Annual report on the Civil Veterinary Department, Burma (including the Insein Veterinary School) - 1932-1941
Year: 1932
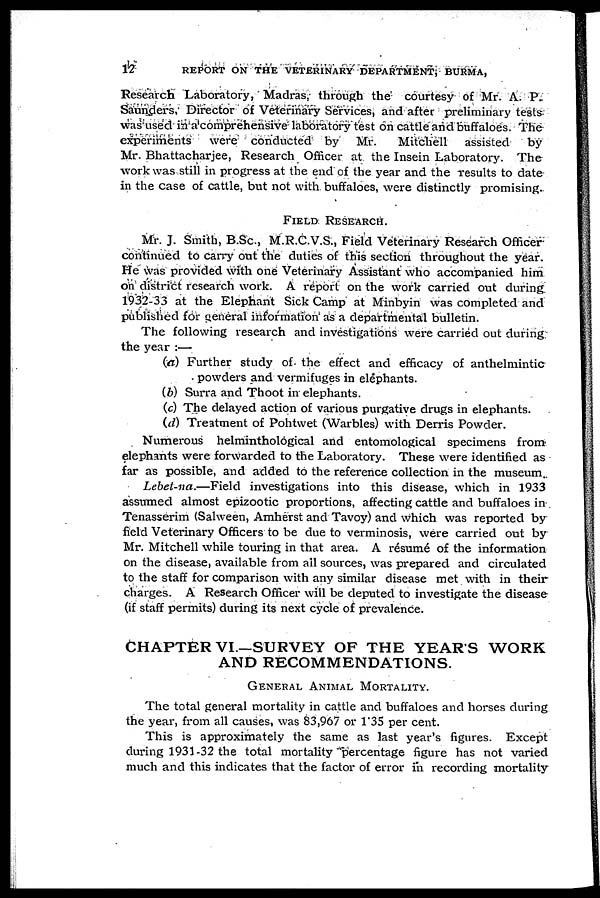
12
REPORT ON THE VETERINARY DEPARTMENT, BURMA,
Research Laboratory, Madras, through the courtesy of Mr. A. P.
Saunders, Director of Veterinary Services, and after preliminary tests
was used in a comprehensive laboratory test on cattle and buffaloes. The
experiments were conducted by Mr.
Mitchell assisted
by
Mr. Bhattacharjee, Research Officer at the Insein Laboratory. The
work was still in progress at the end of the year and the results to date
in the case of cattle, but not with buffaloes, were distinctly promising.
FIELD RESEARCH.
Mr. J. Smith, B.Sc., M.R.C.V.S., Field Veterinary Research Officer
continued to carry out the duties of this section throughout the year.
He was provided with one Veterinary Assistant who accompanied him
on district research work. A report on the work carried out during
1932-33 at the Elephant Sick Camp at Minbyin was completed and
published for general information as a departmental bulletin.
The following research and investigations were carried out during
the year :—
(a) Further study of the effect and efficacy of anthelmintic
powders and vermifuges in elephants.
(b) Surra and Thoot in elephants.
(c) The delayed action of various purgative drugs in elephants.
(d) Treatment of Pohtwet (Warbles) with Derris Powder.
Numerous helminthological and entomological specimens from
elephants were forwarded to the Laboratory. These were identified as
far as possible, and added to the reference collection in the museum.
Lebel-na.—Field investigations into this disease, which in 1933
assumed almost epizootic proportions, affecting cattle and buffaloes in
Tenasserim (Salween, Amherst and Tavoy) and which was reported by
field Veterinary Officers to be due to verminosis, were carried out by
Mr. Mitchell while touring in that area. A résumé of the information
on the disease, available from ail sources, was prepared and circulated
to the staff for comparison with any similar disease met with in their
charges. A Research Officer will be deputed to investigate the disease
(if staff permits) during its next cycle of prevalence.
CHAPTER VI—SURVEY OF THE YEARS WORK
AND RECOMMENDATIONS.
GENERAL ANIMAL MORTALITY.
The total general mortality in cattle and buffaloes and horses during
the year, from all causes, was 83,967 or 1.35 per cent.
This is approximately the same as last year's figures. Except
during 1931-32 the total mortality percentage figure has not varied
much and this indicates that the factor of error in recording mortality